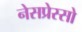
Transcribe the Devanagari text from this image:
नेसप्रेस्सो